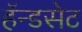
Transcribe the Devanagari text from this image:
हॅन्डसेट